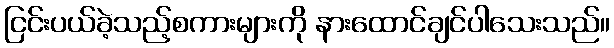
ငြင်းပယ်ခဲ့သည့်စကားများကို နားထောင်ချင်ပါသေးသည်။